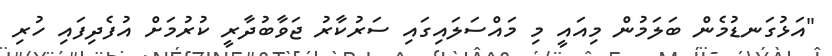
"އަޅުގަނޑުމެން ބަލަމުން މިއައީ މި މައްސަލައިގައި ސަރުކާރު ޖަވާބުދާރީ ކުރުމަށް އުފެދިފައި ހުރި